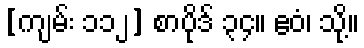
[ကျမ်း ၁၁၂] စာပိုဒ် ၃၄။ ဧဝံ၊ သို့။